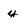
Character: y